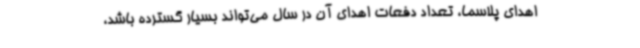
اهدای پلاسما، تعداد دفعات اهدای آن در سال می‌تواند بسیار گسترده باشد،